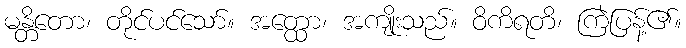
မန္တိတော၊ တိုင်ပင်သော်။ အတ္ထော၊ အကျိုးသည်။ ဝိကိရတိ၊ ကြဲပြန့်၏။